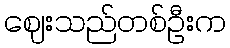
ဈေးသည်တစ်ဦးက